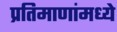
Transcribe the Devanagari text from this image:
प्रतिमाणांमध्ये